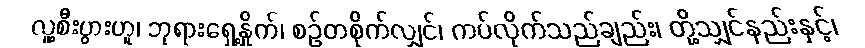
လူ့စီးပွားဟူ၊ ဘုရားရှေ့နှိုက်၊ စဉ်တစိုက်လျှင်၊ ကပ်လိုက်သည်ချည်း၊ တို့သျှင်နည်းနှင့်၊